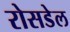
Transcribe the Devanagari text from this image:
रोसडेल